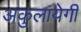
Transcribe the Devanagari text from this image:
अकुलायेगी